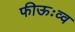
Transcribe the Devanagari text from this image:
फीऊःव्व